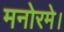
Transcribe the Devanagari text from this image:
मनोरमे।